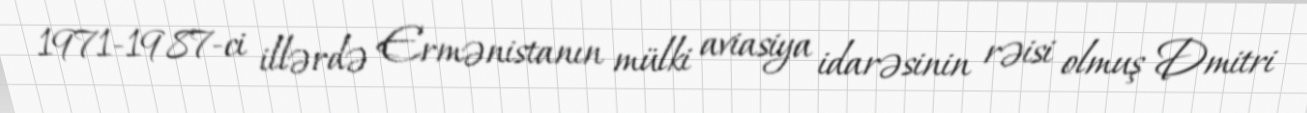
1971-1987-ci illərdə Ermənistanın mülki aviasiya idarəsinin rəisi olmuş Dmitri